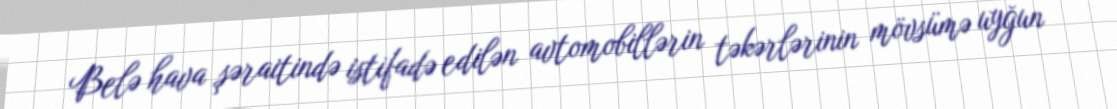
Belə hava şəraitində istifadə edilən avtomobillərin təkərlərinin mövsümə uyğun